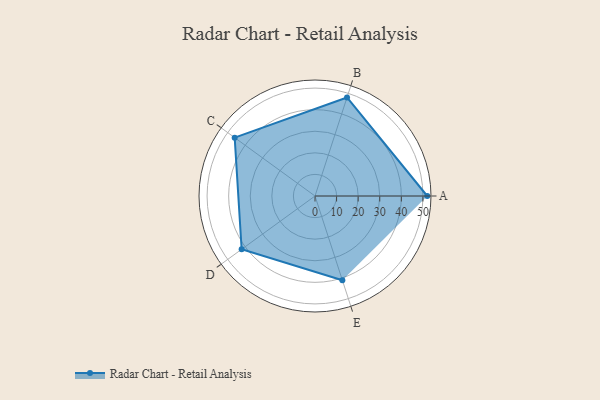
{"axis": {"x": "Skill", "y": "Score"}, "legend": ["Profile"], "data": [{"x": "A", "y": 52.0, "type": "Profile"}, {"x": "B", "y": 48.0, "type": "Profile"}, {"x": "C", "y": 46.0, "type": "Profile"}, {"x": "D", "y": 42.0, "type": "Profile"}, {"x": "E", "y": 41.0, "type": "Profile"}]}